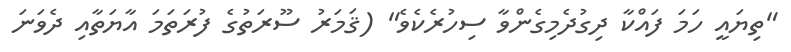
"ތިޔައީ ހަމަ ފައްކާ ދިގުދެމިގެންވާ ސިހުރެކެވެ" (ޤަމަރު ސޫރަތުގެ ފުރަތަމަ އާޔަތާއި ދެވަނަ